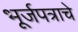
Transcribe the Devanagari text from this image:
भूर्जपत्राचे